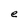
Character: e